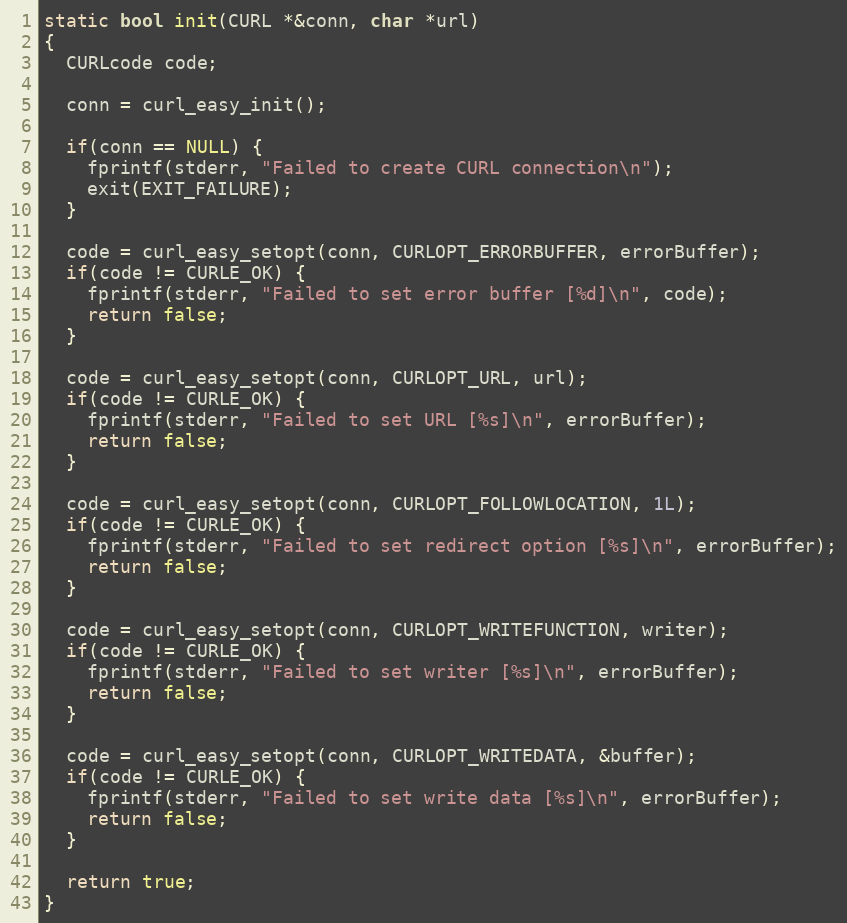
Language: C++
static bool init(CURL *&conn, char *url)
{
  CURLcode code;

  conn = curl_easy_init();

  if(conn == NULL) {
    fprintf(stderr, "Failed to create CURL connection\n");
    exit(EXIT_FAILURE);
  }

  code = curl_easy_setopt(conn, CURLOPT_ERRORBUFFER, errorBuffer);
  if(code != CURLE_OK) {
    fprintf(stderr, "Failed to set error buffer [%d]\n", code);
    return false;
  }

  code = curl_easy_setopt(conn, CURLOPT_URL, url);
  if(code != CURLE_OK) {
    fprintf(stderr, "Failed to set URL [%s]\n", errorBuffer);
    return false;
  }

  code = curl_easy_setopt(conn, CURLOPT_FOLLOWLOCATION, 1L);
  if(code != CURLE_OK) {
    fprintf(stderr, "Failed to set redirect option [%s]\n", errorBuffer);
    return false;
  }

  code = curl_easy_setopt(conn, CURLOPT_WRITEFUNCTION, writer);
  if(code != CURLE_OK) {
    fprintf(stderr, "Failed to set writer [%s]\n", errorBuffer);
    return false;
  }

  code = curl_easy_setopt(conn, CURLOPT_WRITEDATA, &buffer);
  if(code != CURLE_OK) {
    fprintf(stderr, "Failed to set write data [%s]\n", errorBuffer);
    return false;
  }

  return true;
}